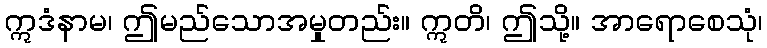
ဣဒံနာမ၊ ဤမည်သောအမှုတည်း။ ဣတိ၊ ဤသို့။ အာရောစေသုံ၊